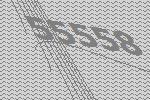
55558